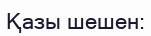
Қазы шешен: